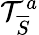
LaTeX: \mathcal{T}_{\overline{{S}}}^{a}